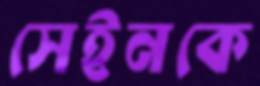
সেইনকে